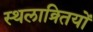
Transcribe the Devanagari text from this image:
स्थलाक्र्तियों